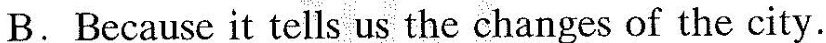
B. Because it tells us the changes of the city.